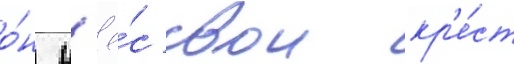
о́н н'ё́с свои кр'е́ст